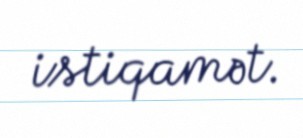
istiqamət.